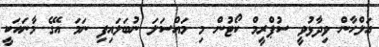
އަލްހާން ވިދާޅުވީ ސުޕްރީމް ކޯޓުން މި މައްސަލަ ނުބަލައިފި ނަމަ އޭގެ މާނައަކީ